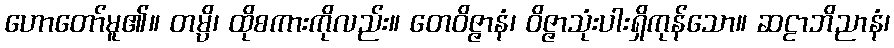
ဟောတော်မူ၏။ တမ္ပိ၊ ထိုစကားကိုလည်း။ တေဝိဇ္ဇာနံ၊ ဝိဇ္ဇာသုံးပါးရှိကုန်သော။ ဆဠာဘိညာနံ၊